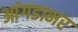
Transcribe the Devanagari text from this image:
आंगडाभर